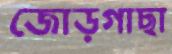
জোড়গাছা